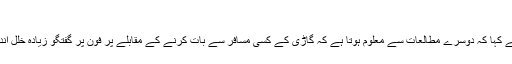
‘
ڈاکٹر ہول نے کہا کہ دوسرے مطالعات سے معلوم ہوتا ہے کہ گاڑی کے کسی مسافر سے بات کرنے کے مقابلے پر فون پر گفتگو زیادہ خلل انداز ہوتی ہے۔